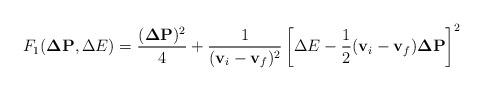
LaTeX: \begin{align*}F_1 ({\bf \Delta P}, \Delta E) = \frac{({\bf \Delta P})^2}{4} + \frac{1}{({\bf v}_i - {\bf v}_f)^2} \left[ \Delta E - \frac{1}{2} ( {\bf v}_i - {\bf v}_f) {\bf \Delta P} \right]^2\end{align*}